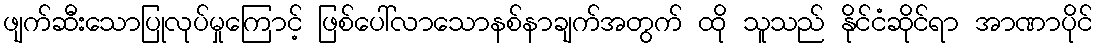
ဖျက်ဆီးသောပြုလုပ်မှုကြောင့် ဖြစ်ပေါ်လာသောနစ်နာချက်အတွက် ထို သူသည် နိုင်ငံဆိုင်ရာ အာဏာပိုင်